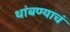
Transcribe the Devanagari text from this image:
थांबण्याचं